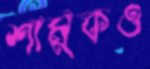
শামুকও